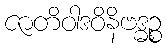
ဇာတိဝါဒဝိနိဗဒ္ဓဉ္စ